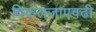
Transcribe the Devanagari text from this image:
विकलजाएवढी